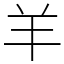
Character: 羊